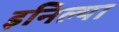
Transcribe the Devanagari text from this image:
इनिल्या